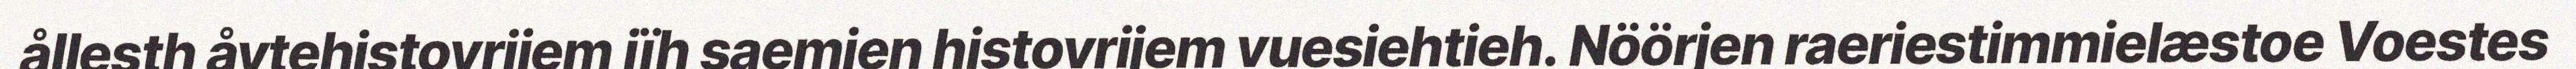
ållesth åvtehistovrijem jïh saemien histovrijem vuesiehtieh. Nöörjen raeriestimmielæstoe Voestes